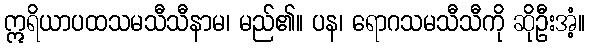
ဣရိယာပထသမသီသီနာမ၊ မည်၏။ ပန၊ ရောဂသမသီသီကို ဆိုဦးအံ့။